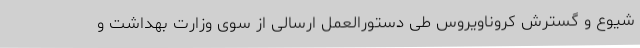
شیوع و گسترش کروناویروس طی دستورالعمل ارسالی از سوی وزارت بهداشت و